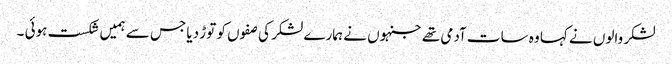
لشکر والوں نے کہا وہ سات آدمی تھے جنہوں نے ہمارے لشکر کی صفوں کو توڑ دیا جس سے ہمیں شکست ہوئی ۔